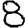
Digit: 8